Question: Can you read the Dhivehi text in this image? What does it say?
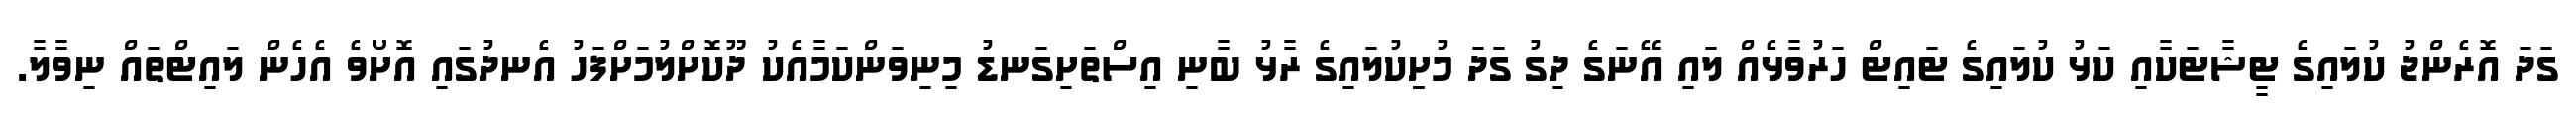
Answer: ގަދަ އޮރެންޖު ކުލައިގެ ޓީޝާޓަކާއި ކަޅު ކުލައިގެ ޓައިޓް ހަރުވާޅެއް ލައި އޭނަގެ ދިގު ގަދަ މުށިިކުލައިގެ ރާޅު ބާނި އިސްތަށިގަނޑު މިނިވަންކަމާއެކު ދޫކޮށްލުމަށްފަހު އެނދުގައި އޮށޯވެ އެހެން ލައިޓްތައް ނިވާލާ.